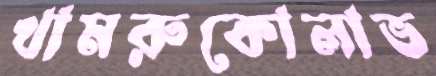
খামরুকোলাভ